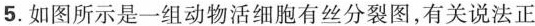
5.如图所示是一组动物活细胞有丝分裂图，有关说法正